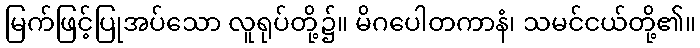
မြက်ဖြင့်ပြုအပ်သော လူရုပ်တို့၌။ မိဂပေါတကာနံ၊ သမင်ငယ်တို့၏။